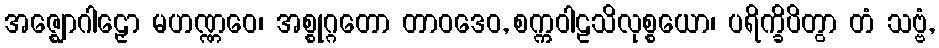
အဇ္ဈောဂါဠှော မဟဏ္ဏဝေ၊ အစ္စုဂ္ဂတော တာဝဒေဝ, စက္ကဝါဠသိလုစ္စယော၊ ပရိက္ခိပိတွာ တံ သဗ္ဗံ,